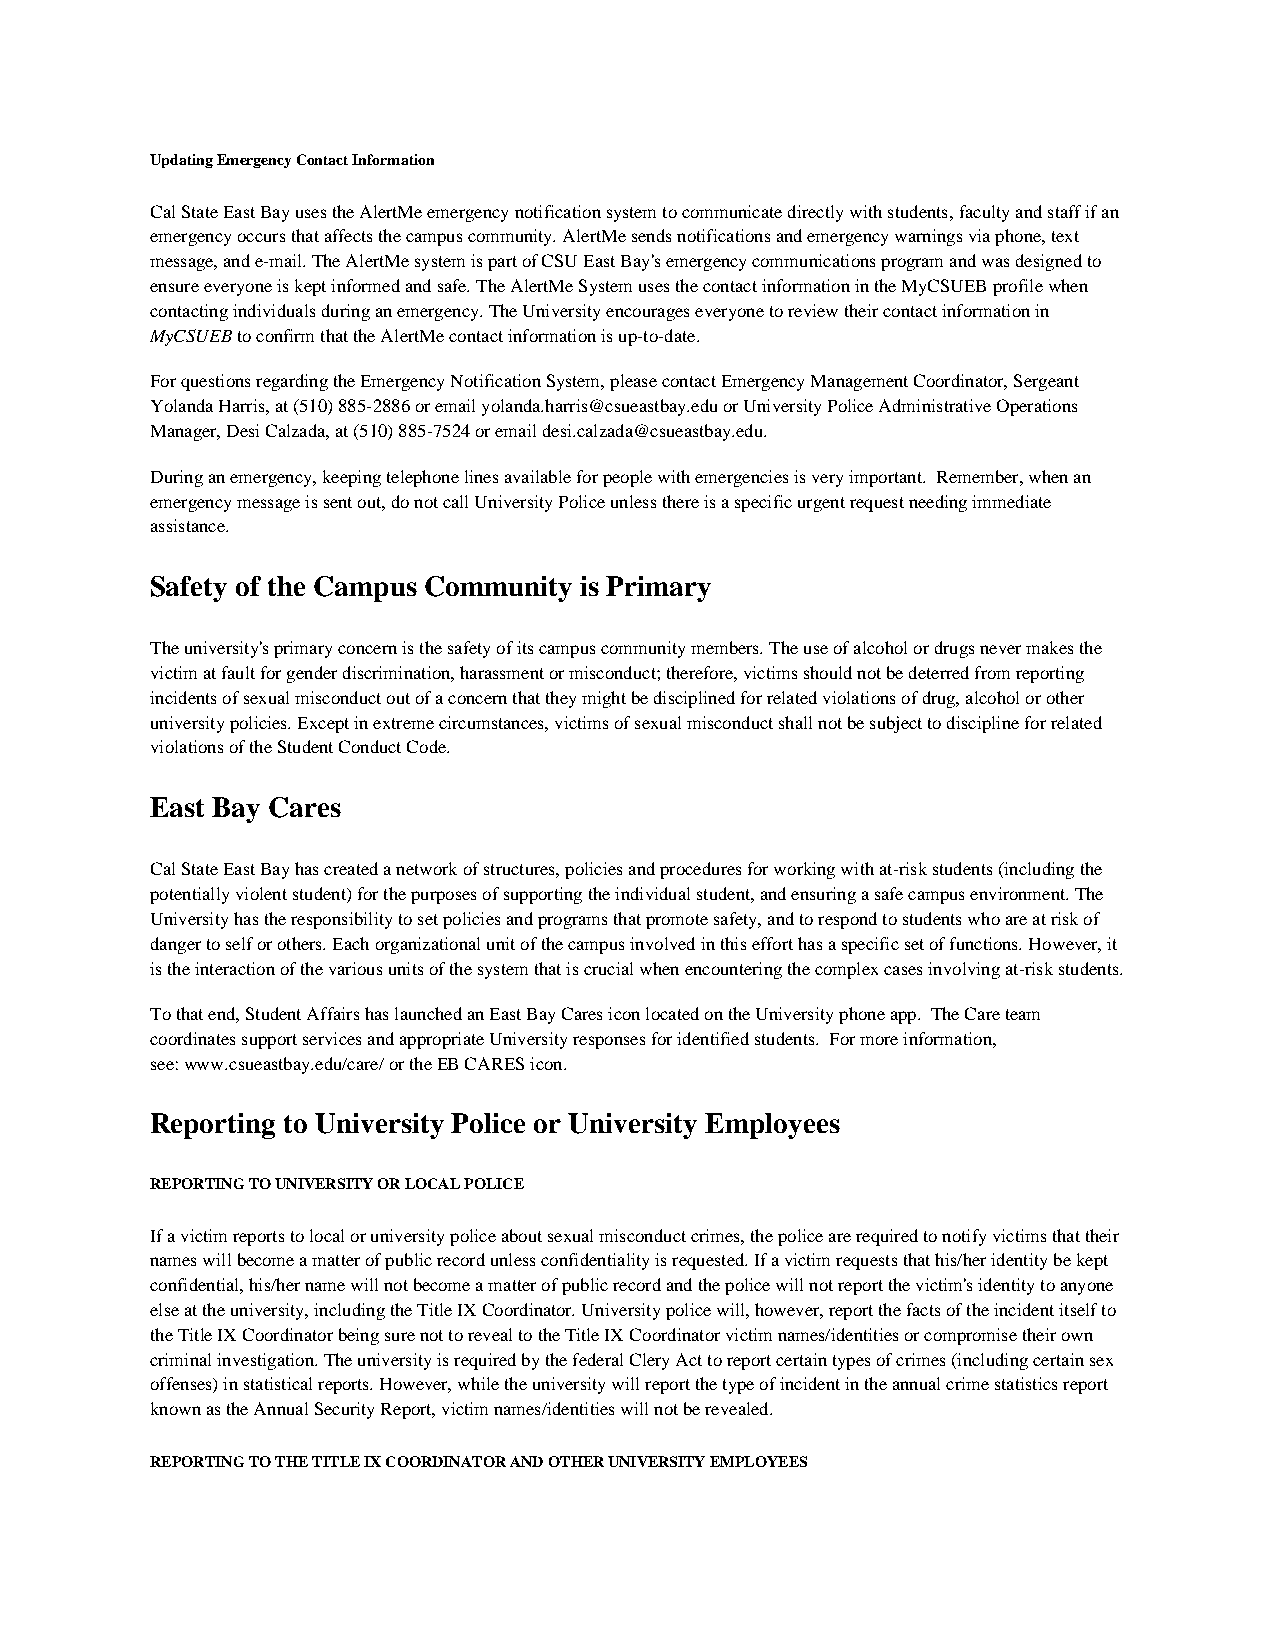
Updating Emergency Contact Information
 Cal State East Bay uses the AlertMe emergency notification system to communicate directly with students, faculty and staff if an
 emergency occurs that affects the campus community. AlertMe sends notifications and emergency warnings via phone, text
 message, and e-mail. The AlertMe system is part of CSU East Bay's emergency communications program and was designed to
 ensure everyone is kept informed and safe. The AlertMe System uses the contact information in the MyCSUEB profile when
 contacting individuals during an emergency. The University encourages everyone to review their contact information in
 MyCSUEB to confirm that the AlertMe contact information is up-to-date.
 For questions regarding the Emergency Notification System, please contact Emergency Management Coordinator, Sergeant
 Yolanda Harris, at (510) 885-2886 or email yolanda.harris@csueastbay.edu or University Police Administrative Operations
 Manager, Desi Calzada, at (510) 885-7524 or email desi.calzada@csueastbay.edu.
 During an emergency, keeping telephone lines available for people with emergencies is very important. Remember, when an
 emergency message is sent out, do not call University Police unless there is a specific urgent request needing immediate
 assistance.
 Safety of the Campus Community is Primary
 The university's primary concern is the safety of its campus community members. The use of alcohol or drugs never makes the
 victim at fault for gender discrimination, harassment or misconduct; therefore, victims should not be deterred from reporting
 incidents of sexual misconduct out of a concern that they might be disciplined for related violations of drug, alcohol or other
 university policies. Except in extreme circumstances, victims of sexual misconduct shall not be subject to discipline for related
 violations of the Student Conduct Code.
 East Bay Cares
 Cal State East Bay has created a network of structures, policies and procedures for working with at-risk students (including the
 potentially violent student) for the purposes of supporting the individual student, and ensuring a safe campus environment. The
 University has the responsibility to set policies and programs that promote safety, and to respond to students who are at risk of
 danger to self or others. Each organizational unit of the campus involved in this effort has a specific set of functions. However, it
 is the interaction of the various units of the system that is crucial when encountering the complex cases involving at-risk students.
 To that end, Student Affairs has launched an East Bay Cares icon located on the University phone app. The Care team
 coordinates support services and appropriate University responses for identified students. For more information,
 see: www.csueastbay.edu/care/ or the EB CARES icon.
 Reporting to University Police or University Employees
 REPORTING TO UNIVERSITY OR LOCAL POLICE
 If a victim reports to local or university police about sexual misconduct crimes, the police are required to notify victims that their
 names will become a matter of public record unless confidentiality is requested. If a victim requests that his/her identity be kept
 confidential, his/her name will not become a matter of public record and the police will not report the victim's identity to anyone
 else at the university, including the Title IX Coordinator. University police will, however, report the facts of the incident itself to
 the Title IX Coordinator being sure not to reveal to the Title IX Coordinator victim names/identities or compromise their own
 criminal investigation. The university is required by the federal Clery Act to report certain types of crimes (including certain sex
 offenses) in statistical reports. However, while the university will report the type of incident in the annual crime statistics report
 known as the Annual Security Report, victim names/identities will not be revealed.
 REPORTING TO THE TITLE IX COORDINATOR AND OTHER UNIVERSITY EMPLOYEES